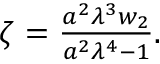
\begin{array} { r } { \zeta = \frac { { a } ^ { 2 } \lambda ^ { 3 } w _ { 2 } } { { a } ^ { 2 } \lambda ^ { 4 } - 1 } . } \end{array}